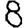
Digit: 8